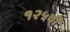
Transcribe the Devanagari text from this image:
१२५वी